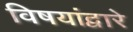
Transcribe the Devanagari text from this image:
विषयांद्वारे